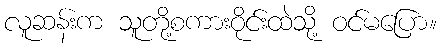
လူဆန်းက သူတို့စကားဝိုင်းထဲသို့ ဝင်မပြော။